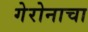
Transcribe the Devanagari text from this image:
गेरोनाचा